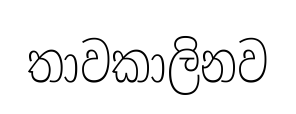
තාවකාලිනව